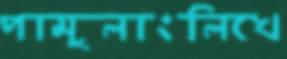
পামুলাংলিখে